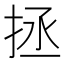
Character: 拯